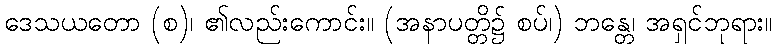
ဒေသယတော (စ)၊ ၏လည်းကောင်း။ (အနာပတ္တိ၌ စပ်၊) ဘန္တေ၊ အရှင်ဘုရား။